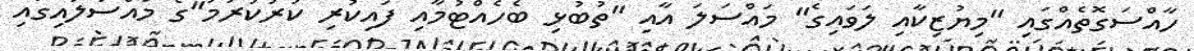
ހާއްސަގޮތެއްގައި "މިޔުޒިކާއި ލަވައިގެ" މައްސަލަ އާއި "ތުބުޅި ބެހެއްޓުމާއި ފައިކުރި ކުރުކުރުމު"ގެ މައްސަލައިގައި